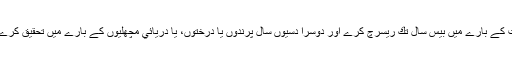
كيا يہ ممكن ہے كہ ايك دانشور چيونٹيوں كي شناخت كے بارے ميں بيس سال تك ريسرچ كرے اور دوسرا دسيوں سال پرندوں يا درختوں، يا دريائي مچھليوں كے بارے ميں تحقيق كرے ، ليكن اس كے دل ميں علم كا شوق نہ پايا جاتا ہو؟